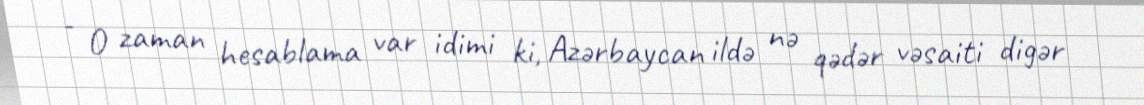
- O zaman hesablama var idimi ki, Azərbaycan ildə nə qədər vəsaiti digər